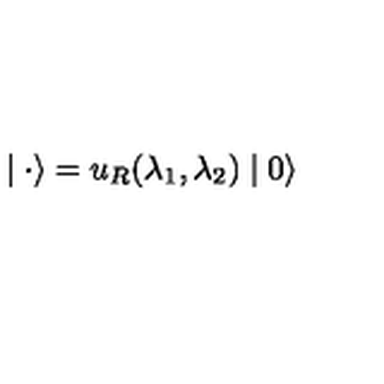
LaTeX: \mid { \bf \cdot } \rangle = u _ { R } ( \lambda _ { 1 } , \lambda _ { 2 } ) \mid 0 \rangle